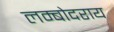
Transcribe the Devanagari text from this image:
लम्बोदराय